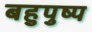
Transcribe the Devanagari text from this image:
बहुपुष्प